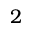
2